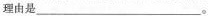
理由是___。